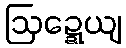
ဩဍ္ဍေယျ